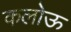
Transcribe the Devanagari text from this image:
कलोऊ